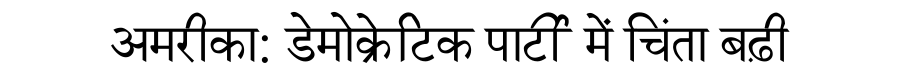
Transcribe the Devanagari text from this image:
अमरीका: डेमोक्रेटिक पार्टी में चिंता बढ़ी